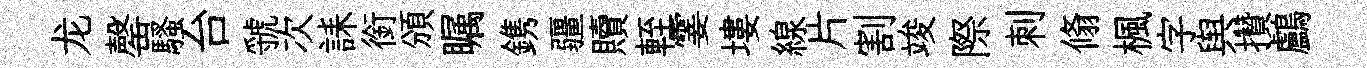
龙罄騷台虢次誄銜頒瞩鎸疆贖輊霎塿線片割竣際刺翛楓字舆攢鸕